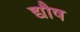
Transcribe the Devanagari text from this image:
द्यौष